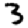
Digit: 3